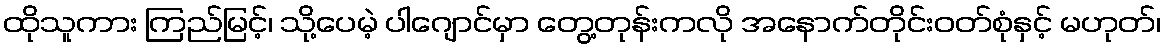
ထိုသူကား ကြည်မြင့်၊ သို့ပေမဲ့ ပါဂျောင်မှာ တွေ့တုန်းကလို အနောက်တိုင်းဝတ်စုံနှင့် မဟုတ်၊